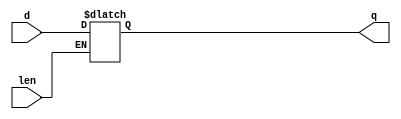
`timescale 1ns / 100ps

module d_latch(
  input d,
  input len,
  output q  
);
  reg q_REG;
  always @*
	if (len == 1'b1)
		q_REG <= d;
	else 
		q_REG <= q;
	assign q = q_REG;

endmodule // d_latch